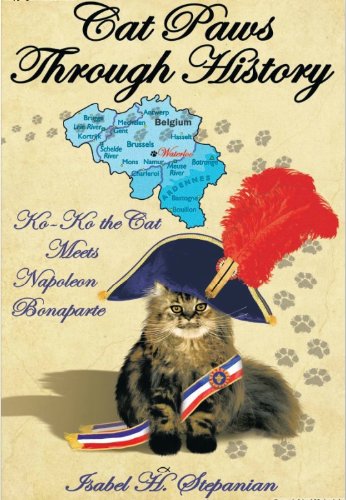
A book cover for Cat Paws Through History: Ko-Ko the Cat Meets Napoleon Bonaparte; Isabel H. Stepanian; Children's Books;